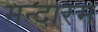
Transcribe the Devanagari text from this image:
मन्दारम